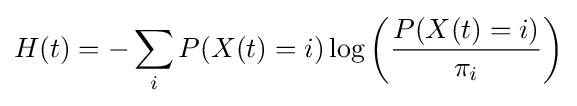
H(t)=-\sum _{i}P(X(t)=i)\log \left({\frac {P(X(t)=i)}{\pi _{i}}}\right)